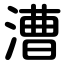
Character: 漕